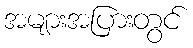
အများအပြားတွင်